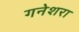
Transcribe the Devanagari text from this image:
गनेशरा